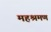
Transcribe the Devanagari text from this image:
महश्रमण